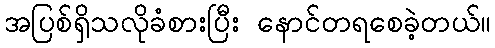
အပြစ်ရှိသလိုခံစားပြီး နောင်တရစေခဲ့တယ်။